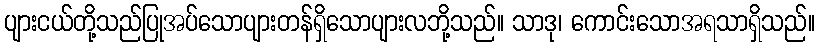
ပျားငယ်တို့သည်ပြုအပ်သောပျားတန်ရှိသောပျားလဘို့သည်။ သာဒု၊ ကောင်းသောအရသာရှိသည်။